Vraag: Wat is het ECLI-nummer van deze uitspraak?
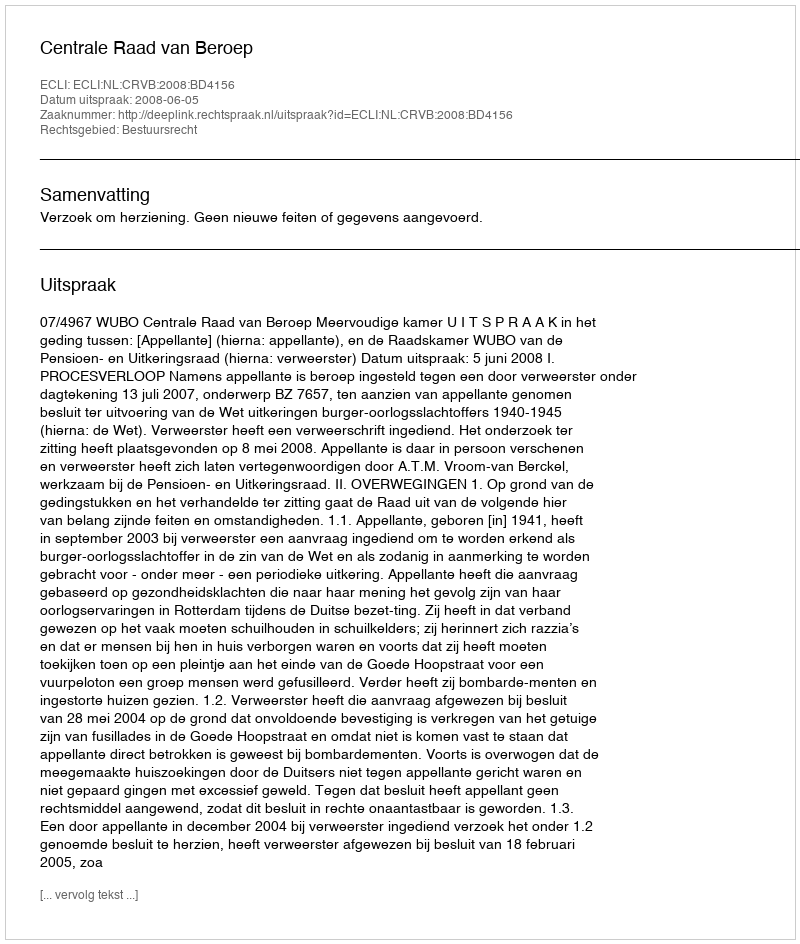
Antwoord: ECLI:NL:CRVB:2008:BD4156